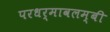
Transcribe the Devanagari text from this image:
परधर्मावलम्बी